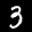
Label: 3